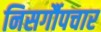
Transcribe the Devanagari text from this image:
निसर्गौपचार